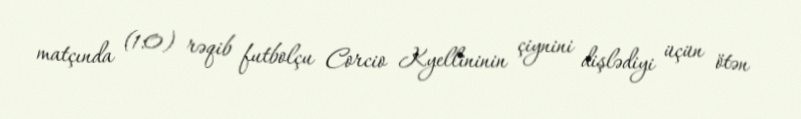
matçında (1:0) rəqib futbolçu Corcio Kyellininin çiynini dişlədiyi üçün ötən